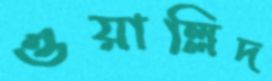
ওয়াল্লিদ